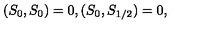
( S _ { 0 } , S _ { 0 } ) = 0 , ( S _ { 0 } , S _ { 1 / 2 } ) = 0 ,